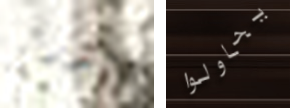
حذرني يحاولوا